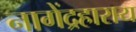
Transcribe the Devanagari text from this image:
नागेंद्रहाराय